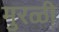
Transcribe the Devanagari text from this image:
मुरळी